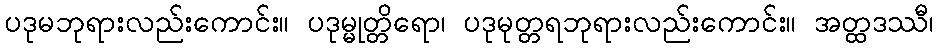
ပဒုမဘုရားလည်းကောင်း။ ပဒုမ္မုတ္တိရော၊ ပဒုမုတ္တရဘုရားလည်းကောင်း။ အတ္ထဒဿီ၊